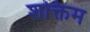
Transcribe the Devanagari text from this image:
शक्तिम